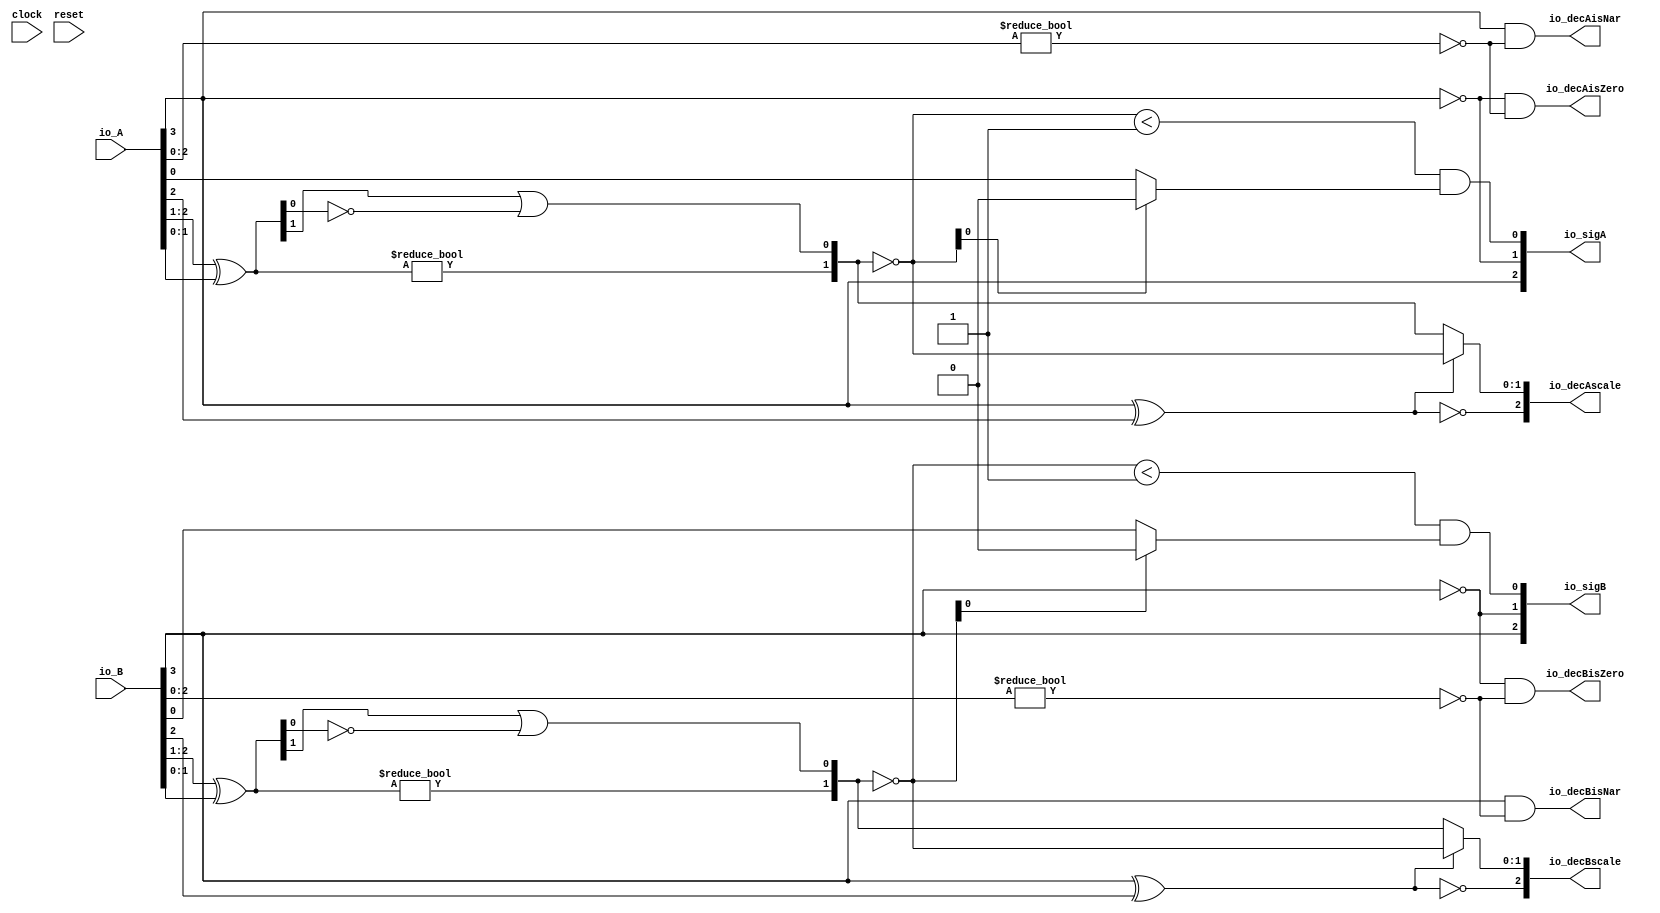
module PositMulDec4_0(
  input        clock,
  input        reset,
  input  [3:0] io_A,
  input  [3:0] io_B,
  output [2:0] io_sigA,
  output [2:0] io_sigB,
  output [2:0] io_decAscale,
  output [2:0] io_decBscale,
  output       io_decAisNar,
  output       io_decBisNar,
  output       io_decAisZero,
  output       io_decBisZero
);
  wire  _T_1; // @[convert.scala 18:24]
  wire  _T_2; // @[convert.scala 18:40]
  wire  _T_3; // @[convert.scala 18:36]
  wire [1:0] _T_4; // @[convert.scala 19:24]
  wire [1:0] _T_5; // @[convert.scala 19:43]
  wire [1:0] _T_6; // @[convert.scala 19:39]
  wire  _T_7; // @[LZD.scala 39:14]
  wire  _T_8; // @[LZD.scala 39:21]
  wire  _T_9; // @[LZD.scala 39:30]
  wire  _T_10; // @[LZD.scala 39:27]
  wire  _T_11; // @[LZD.scala 39:25]
  wire [1:0] _T_12; // @[Cat.scala 29:58]
  wire [1:0] _T_13; // @[convert.scala 21:22]
  wire  _T_14; // @[convert.scala 22:36]
  wire  _T_15; // @[Shift.scala 16:24]
  wire  _T_16; // @[Shift.scala 17:37]
  wire  _T_18; // @[Shift.scala 63:39]
  wire  decA_fraction; // @[Shift.scala 16:10]
  wire  _T_22; // @[convert.scala 25:26]
  wire [1:0] _T_24; // @[convert.scala 25:42]
  wire [2:0] _T_25; // @[Cat.scala 29:58]
  wire [2:0] _T_27; // @[convert.scala 29:56]
  wire  _T_28; // @[convert.scala 29:60]
  wire  _T_29; // @[convert.scala 29:41]
  wire  _T_32; // @[convert.scala 30:19]
  wire  _T_41; // @[convert.scala 18:24]
  wire  _T_42; // @[convert.scala 18:40]
  wire  _T_43; // @[convert.scala 18:36]
  wire [1:0] _T_44; // @[convert.scala 19:24]
  wire [1:0] _T_45; // @[convert.scala 19:43]
  wire [1:0] _T_46; // @[convert.scala 19:39]
  wire  _T_47; // @[LZD.scala 39:14]
  wire  _T_48; // @[LZD.scala 39:21]
  wire  _T_49; // @[LZD.scala 39:30]
  wire  _T_50; // @[LZD.scala 39:27]
  wire  _T_51; // @[LZD.scala 39:25]
  wire [1:0] _T_52; // @[Cat.scala 29:58]
  wire [1:0] _T_53; // @[convert.scala 21:22]
  wire  _T_54; // @[convert.scala 22:36]
  wire  _T_55; // @[Shift.scala 16:24]
  wire  _T_56; // @[Shift.scala 17:37]
  wire  _T_58; // @[Shift.scala 63:39]
  wire  decB_fraction; // @[Shift.scala 16:10]
  wire  _T_62; // @[convert.scala 25:26]
  wire [1:0] _T_64; // @[convert.scala 25:42]
  wire [2:0] _T_65; // @[Cat.scala 29:58]
  wire [2:0] _T_67; // @[convert.scala 29:56]
  wire  _T_68; // @[convert.scala 29:60]
  wire  _T_69; // @[convert.scala 29:41]
  wire  _T_72; // @[convert.scala 30:19]
  wire  _T_80; // @[PositMulDec.scala 31:34]
  wire [2:0] _T_82; // @[Cat.scala 29:58]
  wire  _T_84; // @[PositMulDec.scala 32:34]
  wire [2:0] _T_86; // @[Cat.scala 29:58]
  assign _T_1 = io_A[3]; // @[convert.scala 18:24]
  assign _T_2 = io_A[2]; // @[convert.scala 18:40]
  assign _T_3 = _T_1 ^ _T_2; // @[convert.scala 18:36]
  assign _T_4 = io_A[2:1]; // @[convert.scala 19:24]
  assign _T_5 = io_A[1:0]; // @[convert.scala 19:43]
  assign _T_6 = _T_4 ^ _T_5; // @[convert.scala 19:39]
  assign _T_7 = _T_6 != 2'h0; // @[LZD.scala 39:14]
  assign _T_8 = _T_6[1]; // @[LZD.scala 39:21]
  assign _T_9 = _T_6[0]; // @[LZD.scala 39:30]
  assign _T_10 = ~ _T_9; // @[LZD.scala 39:27]
  assign _T_11 = _T_8 | _T_10; // @[LZD.scala 39:25]
  assign _T_12 = {_T_7,_T_11}; // @[Cat.scala 29:58]
  assign _T_13 = ~ _T_12; // @[convert.scala 21:22]
  assign _T_14 = io_A[0:0]; // @[convert.scala 22:36]
  assign _T_15 = _T_13 < 2'h1; // @[Shift.scala 16:24]
  assign _T_16 = _T_13[0]; // @[Shift.scala 17:37]
  assign _T_18 = _T_16 ? 1'h0 : _T_14; // @[Shift.scala 63:39]
  assign decA_fraction = _T_15 & _T_18; // @[Shift.scala 16:10]
  assign _T_22 = _T_3 == 1'h0; // @[convert.scala 25:26]
  assign _T_24 = _T_3 ? _T_13 : _T_12; // @[convert.scala 25:42]
  assign _T_25 = {_T_22,_T_24}; // @[Cat.scala 29:58]
  assign _T_27 = io_A[2:0]; // @[convert.scala 29:56]
  assign _T_28 = _T_27 != 3'h0; // @[convert.scala 29:60]
  assign _T_29 = ~ _T_28; // @[convert.scala 29:41]
  assign _T_32 = _T_1 == 1'h0; // @[convert.scala 30:19]
  assign _T_41 = io_B[3]; // @[convert.scala 18:24]
  assign _T_42 = io_B[2]; // @[convert.scala 18:40]
  assign _T_43 = _T_41 ^ _T_42; // @[convert.scala 18:36]
  assign _T_44 = io_B[2:1]; // @[convert.scala 19:24]
  assign _T_45 = io_B[1:0]; // @[convert.scala 19:43]
  assign _T_46 = _T_44 ^ _T_45; // @[convert.scala 19:39]
  assign _T_47 = _T_46 != 2'h0; // @[LZD.scala 39:14]
  assign _T_48 = _T_46[1]; // @[LZD.scala 39:21]
  assign _T_49 = _T_46[0]; // @[LZD.scala 39:30]
  assign _T_50 = ~ _T_49; // @[LZD.scala 39:27]
  assign _T_51 = _T_48 | _T_50; // @[LZD.scala 39:25]
  assign _T_52 = {_T_47,_T_51}; // @[Cat.scala 29:58]
  assign _T_53 = ~ _T_52; // @[convert.scala 21:22]
  assign _T_54 = io_B[0:0]; // @[convert.scala 22:36]
  assign _T_55 = _T_53 < 2'h1; // @[Shift.scala 16:24]
  assign _T_56 = _T_53[0]; // @[Shift.scala 17:37]
  assign _T_58 = _T_56 ? 1'h0 : _T_54; // @[Shift.scala 63:39]
  assign decB_fraction = _T_55 & _T_58; // @[Shift.scala 16:10]
  assign _T_62 = _T_43 == 1'h0; // @[convert.scala 25:26]
  assign _T_64 = _T_43 ? _T_53 : _T_52; // @[convert.scala 25:42]
  assign _T_65 = {_T_62,_T_64}; // @[Cat.scala 29:58]
  assign _T_67 = io_B[2:0]; // @[convert.scala 29:56]
  assign _T_68 = _T_67 != 3'h0; // @[convert.scala 29:60]
  assign _T_69 = ~ _T_68; // @[convert.scala 29:41]
  assign _T_72 = _T_41 == 1'h0; // @[convert.scala 30:19]
  assign _T_80 = ~ _T_1; // @[PositMulDec.scala 31:34]
  assign _T_82 = {_T_1,_T_80,decA_fraction}; // @[Cat.scala 29:58]
  assign _T_84 = ~ _T_41; // @[PositMulDec.scala 32:34]
  assign _T_86 = {_T_41,_T_84,decB_fraction}; // @[Cat.scala 29:58]
  assign io_sigA = $signed(_T_82); // @[PositMulDec.scala 31:16]
  assign io_sigB = $signed(_T_86); // @[PositMulDec.scala 32:16]
  assign io_decAscale = $signed(_T_25); // @[PositMulDec.scala 33:16]
  assign io_decBscale = $signed(_T_65); // @[PositMulDec.scala 34:16]
  assign io_decAisNar = _T_1 & _T_29; // @[PositMulDec.scala 35:16]
  assign io_decBisNar = _T_41 & _T_69; // @[PositMulDec.scala 36:16]
  assign io_decAisZero = _T_32 & _T_29; // @[PositMulDec.scala 37:17]
  assign io_decBisZero = _T_72 & _T_69; // @[PositMulDec.scala 38:17]
endmodule